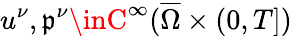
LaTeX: u^{\nu},\mathfrak{p}^{\nu}\inC^{\infty}(\overline{{\Omega}}\times(0,T])